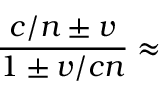
{ \frac { c / n \pm v } { 1 \pm v / c n } } \approx